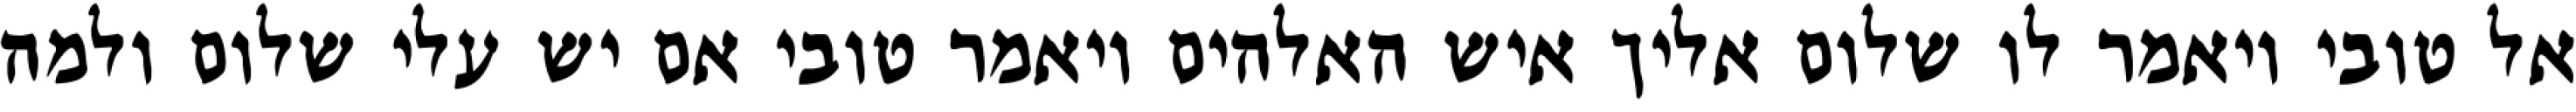
אל טובי ויאמר לו שלום אליך איש האלהים ויאמר טובי אם יש עלי שלום ולמה